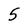
Character: 5